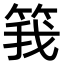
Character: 𬕆